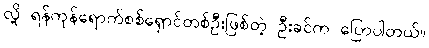
လို့ ရန်ကုန်ရောက်စစ်ရှောင်တစ်ဦးဖြစ်တဲ့ ဦးခင်က ပြောပါတယ်။